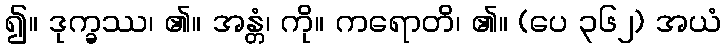
၍။ ဒုက္ခဿ၊ ၏။ အန္တံ၊ ကို။ ကရောတိ၊ ၏။ (ပေ ၃၆၂) အယံ